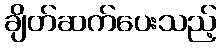
ချိတ်ဆက်ပေးသည့်